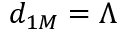
d _ { 1 M } = \Lambda